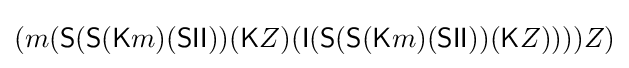
(m({\textsf {S}}({\textsf {S}}({\textsf {K}}m)({\textsf {S}}{\textsf {I}}{\textsf {I}}))({\textsf {K}}Z)({\textsf {I}}({\textsf {S}}({\textsf {S}}({\textsf {K}}m)({\textsf {S}}{\textsf {I}}{\textsf {I}}))({\textsf {K}}Z))))Z)